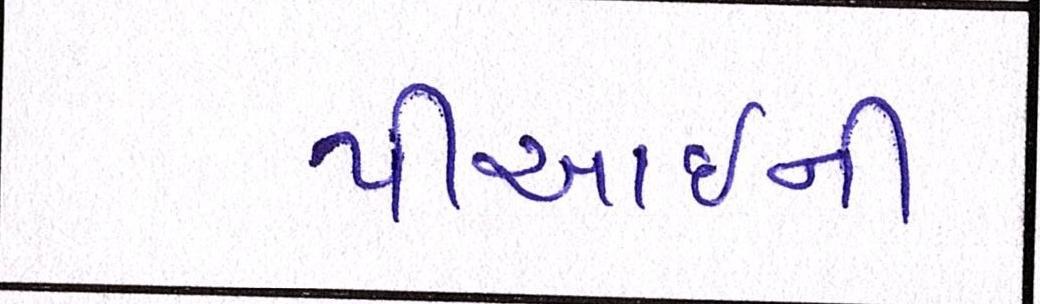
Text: પીઆઈની